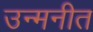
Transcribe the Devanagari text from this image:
उन्मनीत